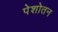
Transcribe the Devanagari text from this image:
पेशोतन